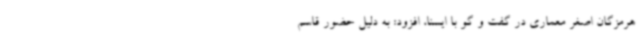
هرمزگان اصغر معماری در گفت و گو با ایسنا، افزود: به دلیل حضور قاسم